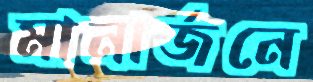
মানার্জনে